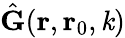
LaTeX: \hat{\mathbf{G}}(\mathbf{r},\mathbf{r}_{0},\mathit{k})